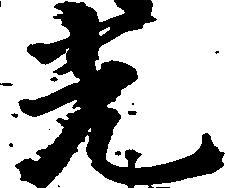
光